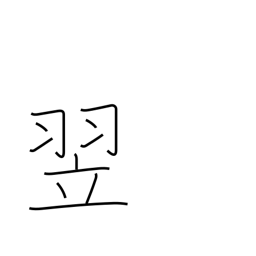
Meaning: the following